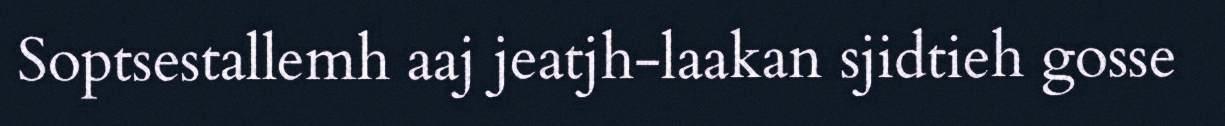
Soptsestallemh aaj jeatjh-laakan sjidtieh gosse